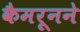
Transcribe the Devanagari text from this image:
कैमरूनने